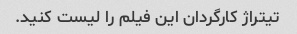
تیتراژ کارگردان این فیلم را لیست کنید.